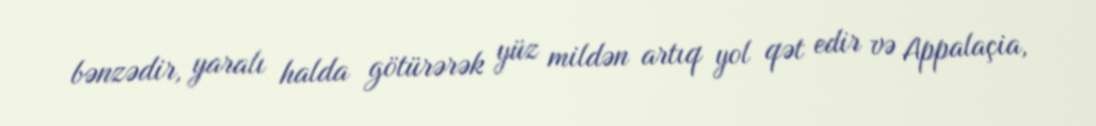
bənzədir, yaralı halda götürərək yüz mildən artıq yol qət edir və Appalaçia,